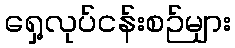
ရှေ့လုပ်ငန်းစဉ်များ